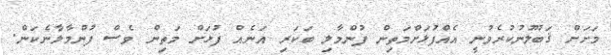
މަށަށް ޤަބޫލުނުކުރެވުނީ އެއްފުޅަށްމަތިން ފުންމާލި ބަކަރި އަނެއް ފުޅަށް މަތިން ވެސް ފުންމާލާނެކަން.